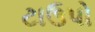
ટાઉપો